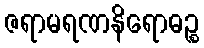
ဇရာမရဏနိရောဓဉ္စ